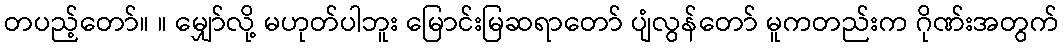
တပည့်တော်။ ။ မျှော်လို့ မဟုတ်ပါဘူး မြောင်းမြဆရာတော် ပျံလွန်တော် မူကတည်းက ဂိုဏ်းအတွက်